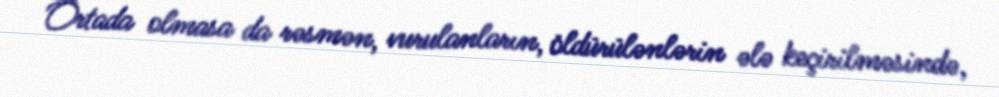
Ortada olmasa da rəsmən, vurulanların, öldürülənlərin ələ keçirilməsində,